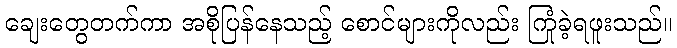
ချေးတွေတက်ကာ အစိုပြန်နေသည့် စောင်များကိုလည်း ကြုံခဲ့ရဖူးသည်။